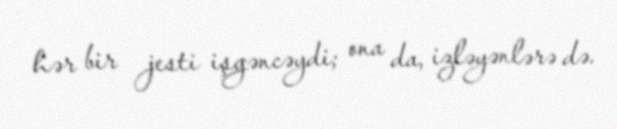
hər bir jesti işgəncəydi; ona da, izləyənlərə də.